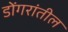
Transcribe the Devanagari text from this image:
डोंगरांतील